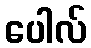
ပေါလ်